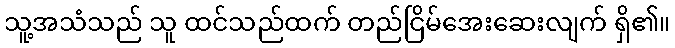
သူ့အသံသည် သူ ထင်သည်ထက် တည်ငြိမ်အေးဆေးလျက် ရှိ၏။